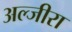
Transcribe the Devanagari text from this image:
अल्जीरा